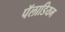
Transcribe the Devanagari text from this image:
पॅलाडियम